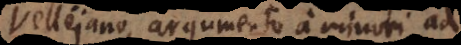
Vellejano, argumento a minori ad